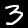
Label: 3